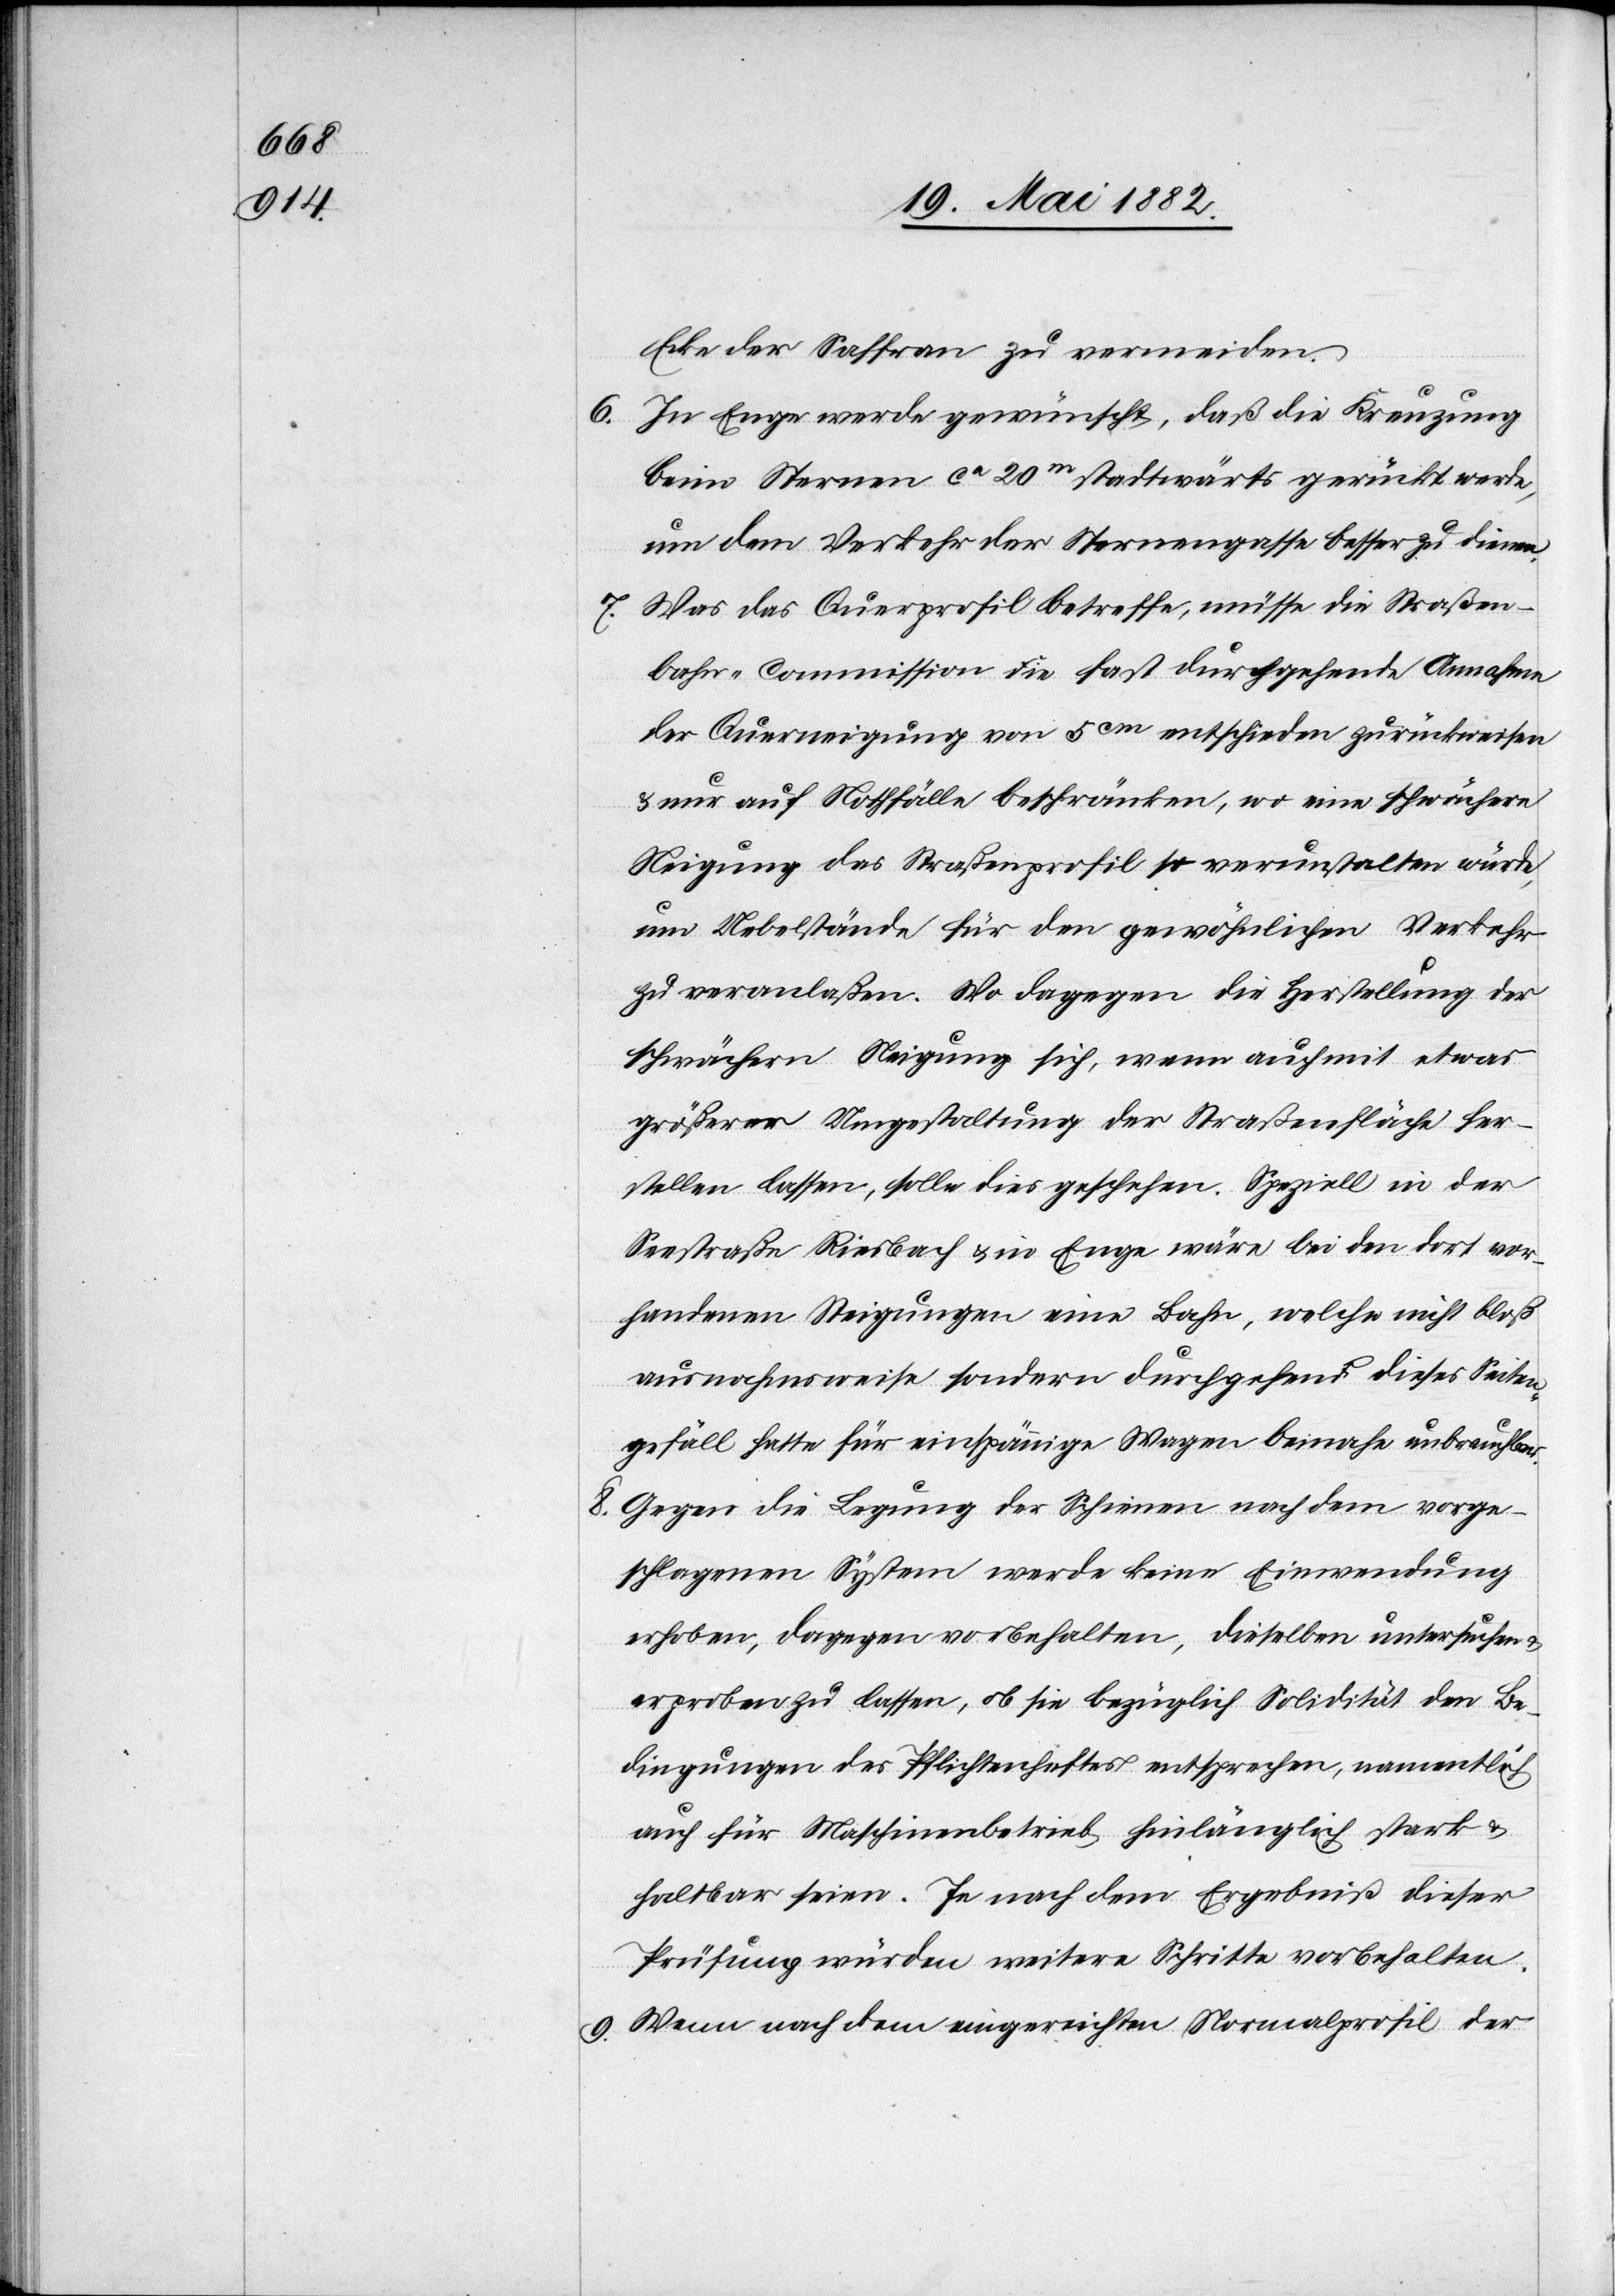
Ecke der Saffran zu vermeiden.
6.
In Enge werde gewünscht, daß die Kreuzung
beim Sternen ca 20m stadtwärts gerückt werde,
um dem Verkehr der Sternengasse besser zu dienen.
7. Was das Querprofil betreffe, müsse die Straßen¬
bahn-Commission die fast durchgehende Annahme
der Querneigung von 5cm entschieden zurückweisen
nur auf Nothfälle beschränken, wo eine schwächere
Steigung das Straßenprofil so verunstalten würde,
um Uebelstände für den gewöhnlichen Verkehr
zu veranlaßen. Wo dagegen die Herstellung der
schwächern Steigung sich, wenn auch mit etwas
größerer Umgestaltung der Straßenfläche her¬
stellen lasse, solle dies geschehen. Speziell in der
Seestraße Riesbach & in Enge wäre bei den dort vor¬
handenen Steigungen eine Bahn, welche nicht bloß
ausnahmsweise sondern durchgehend dieses Seiten¬
gefäll hätte für einspännige Wagen beinahe unbrauchbar.
8. Gegen die Legung der Schienen nach dem vorge¬
schlagenen System werde keine Einwendung
erhoben, dagegen vorbehalten, dieselbe untersuchen &
erproben zu lassen, ob sie bezüglich Solidität den Be¬
dingungen des Pflichtenheftes entsprechen, namentlich
auch für Maschinenbetrieb hinlänglich stark &
haltbar seien. In [sic!] nach dem Ergebniß dieser
Prüfung würden weitere Schritte vorbehalten.
9. Wenn nach dem eingereichten Normalprofil der